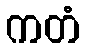
ကတံ